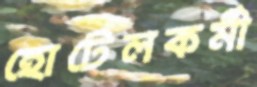
হোটেলকর্মী